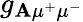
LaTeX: g_{\mathbf{A}\mu^{+}\mu^{-}}